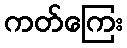
ကတ်ကြေး